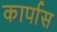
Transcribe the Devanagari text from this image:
कार्पास